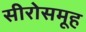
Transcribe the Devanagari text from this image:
सीरोसमूह